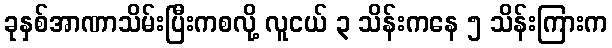
ခုနှစ်အာဏာသိမ်းပြီးကစလို့ လူငယ် ၃ သိန်းကနေ ၅ သိန်းကြားက